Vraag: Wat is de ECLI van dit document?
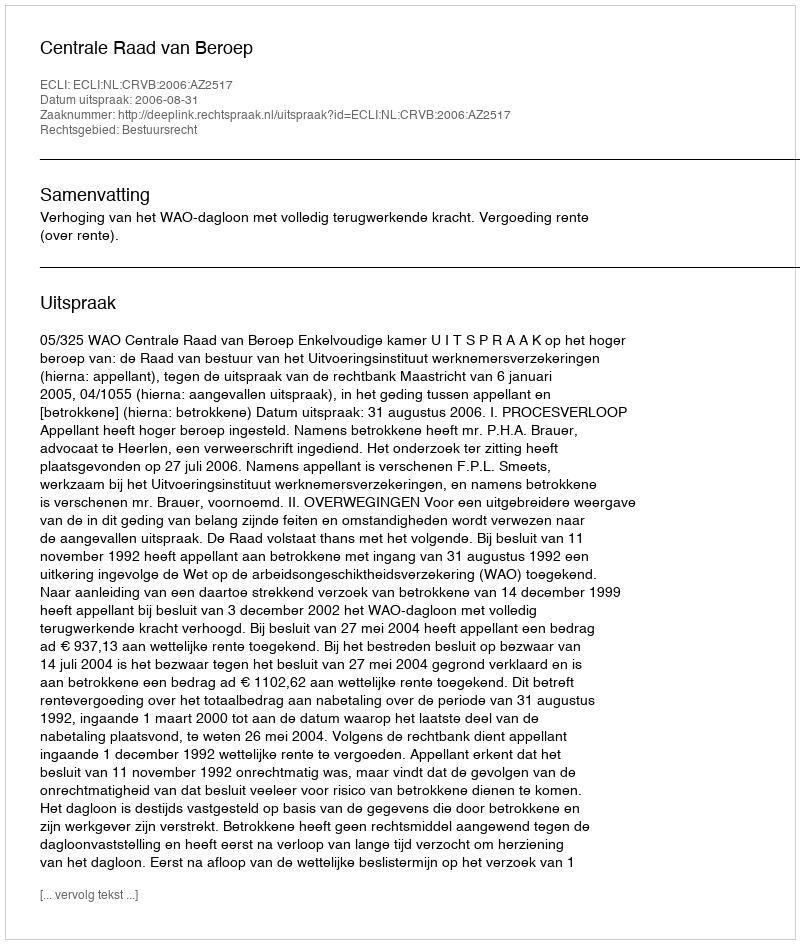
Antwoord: ECLI:NL:CRVB:2006:AZ2517